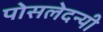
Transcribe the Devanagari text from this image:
पोसलेदन्यी